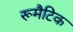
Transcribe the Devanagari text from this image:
रूमैटिक